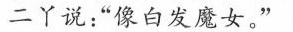
二丫说：”像白发魔女。”